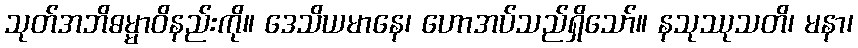
သုတ်အဘိဓမ္မာဝိနည်းကို။ ဒေသိယမာနေ၊ ဟောအပ်သည်ရှိသော်။ နသုဿုသတိ၊ မနာ၊